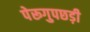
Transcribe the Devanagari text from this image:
पेरूगुपछड़ी